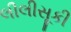
લીલીસૂકી